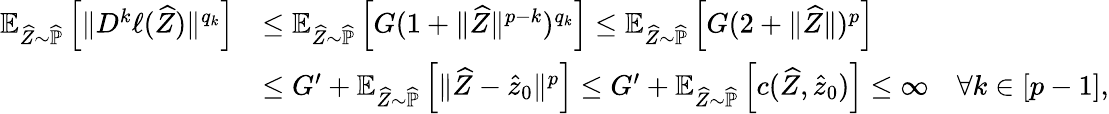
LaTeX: \begin{array}{rl}{\mathbb E_{\widehat Z\sim\widehat{\mathbb P}}\left[\| D^{k}\ell(\widehat Z)\| ^{q_{k}}\right]}&{\leq\mathbb E_{\widehat Z\sim\widehat{\mathbb P}}\left[G(1+\| \widehat Z\| ^{p-k})^{q_{k}}\right]\leq\mathbb E_{\widehat Z\sim\widehat{\mathbb P}}\left[G(2+\| \widehat Z\| )^{p}\right]}\\ &{\leq G^{\prime}+\mathbb E_{\widehat Z\sim\widehat{\mathbb P}}\left[\| \widehat Z-\widehat z_{0}\| ^{p}\right]\leq G^{\prime}+\mathbb E_{\widehat Z\sim\widehat{\mathbb P}}\left[c(\widehat Z,\widehat z_{0})\right]\leq\infty\quad\forall k\in[p-1],}\end{array}